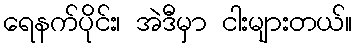
ရေနက်ပိုင်း၊ အဲဒီမှာ ငါးများတယ်။